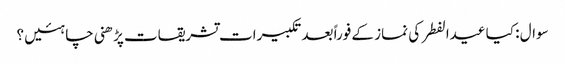
سوال : کیا عیدالفطر کی نماز کے فوراً بعد تکبیرات تشریقات پڑھنی چاہئیں ؟